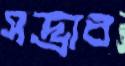
সদ্ভাব